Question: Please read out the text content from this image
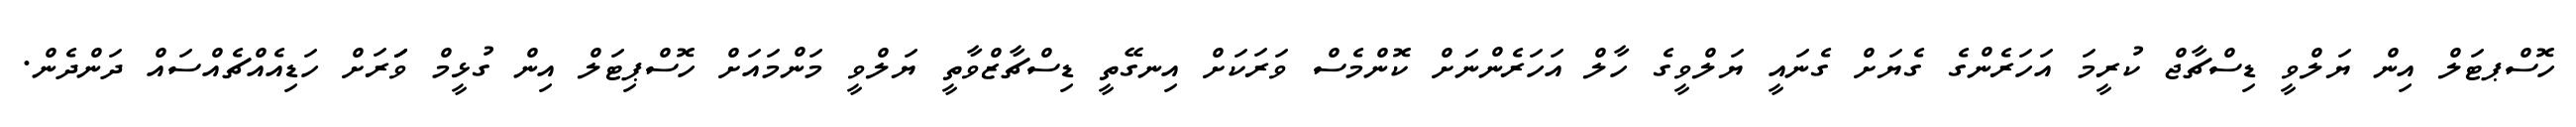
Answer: ހޮސްޕޓަލް އިން ޔަލްވީ ޑިސްޗާޖް ކުރީމަ އަހަރެންގެ ގެޔަށް ގެނައީ ޔަލްވީގެ ހާލް އަހަރެންނަށް ކޮންމެސް ވަރަކަށް އިނގޭތީ ޑިސްޗާޒްވާތީ ޔަލްވީ މަންމައަށް ހޮސްޕިޓަލް އިން ގުޅީމް ވަަަރަށް ހަޑިއެއްޗެއްސައް ދަންދެން.